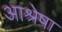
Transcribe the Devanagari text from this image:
आश्रेषा